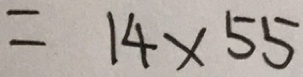
= 1 4 \times 5 5